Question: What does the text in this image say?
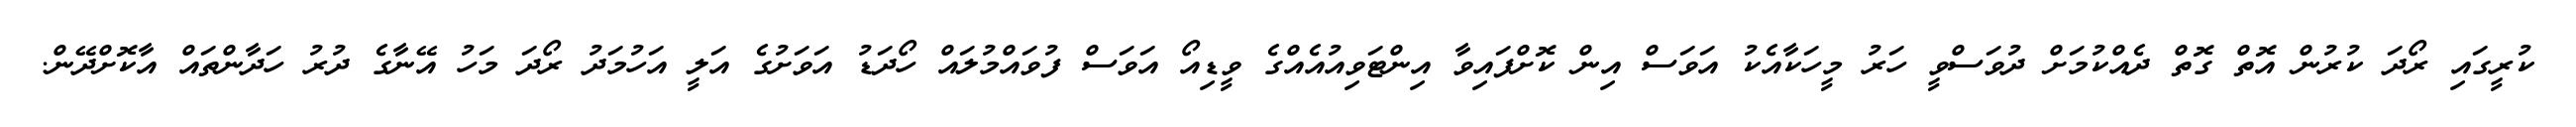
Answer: ކުރީގައި ރޯދަ ކުރުން އޮތް ގޮތް ދެއްކުމަށް ދުވަސްވީ ހަރު މީހަކާއެކު އަވަސް އިން ކޮށްފައިވާ އިންޓަވިއުއެއްގެ ވީޑިއޯ އަވަސް ފުވައްމުލައް ހޯދަޑު އަވަށުގެ އަލީ އަހުމަދު ރޯދަ މަހު އޭނާގެ ދުރު ހަދާންތައް އާކޮށްދޭން.